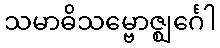
သမာဓိသမ္ဗောဇ္ဈင်္ဂေါ